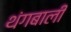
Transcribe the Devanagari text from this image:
थंगबाली